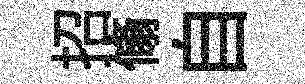
招翛自